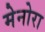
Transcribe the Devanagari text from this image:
मेनोरा